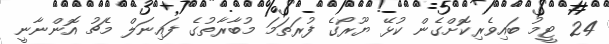
24 ޓީމު ބައިވެރިކޮށްގެން ކުޅޭ ޔޫރޯގެ ފުރަތަމަ މުބާރާތުގެ ފައިނަލް މެޗު އޮންނާނީ